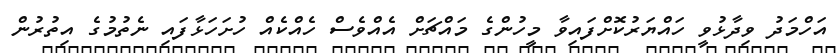
އަހްމަދު ވިދާޅުވީ ހައްޔަރުކޮށްފައިވާ މީހުންގެ މައްޗަށް އެއްވެސް ހެއްކެއް ހުށަހަޅާފައި ނެތުމުގެ އިތުރުން